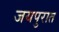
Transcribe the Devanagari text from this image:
जयपुरात